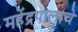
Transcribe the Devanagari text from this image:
महेंद्रपालाचे